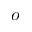
o